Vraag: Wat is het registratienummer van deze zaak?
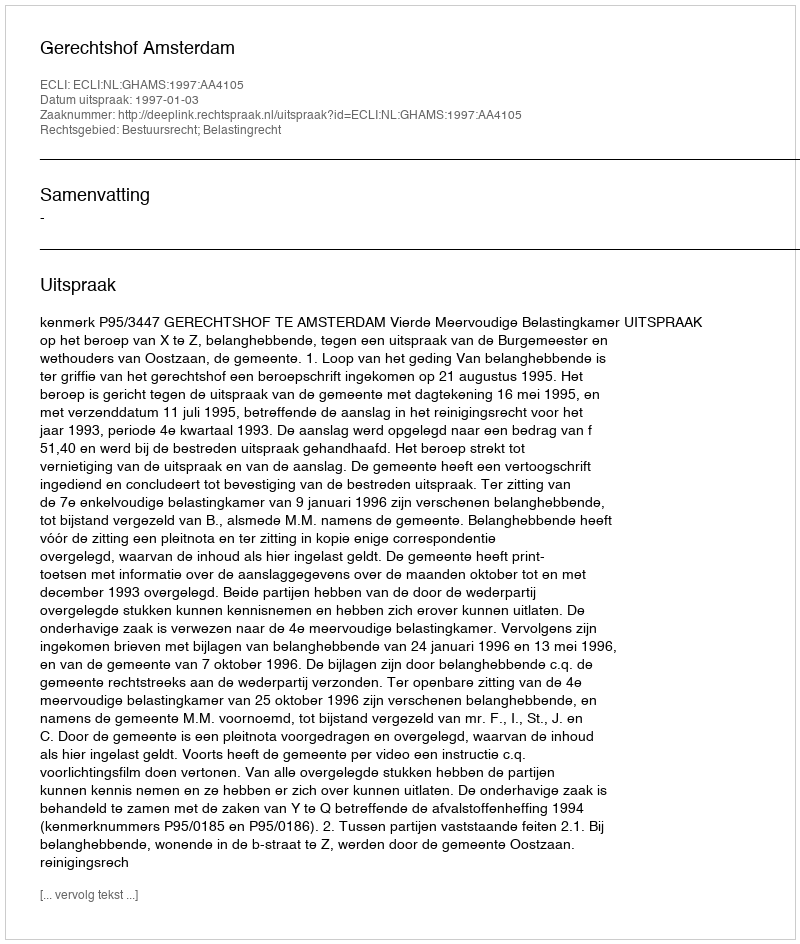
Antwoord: http://deeplink.rechtspraak.nl/uitspraak?id=ECLI:NL:GHAMS:1997:AA4105